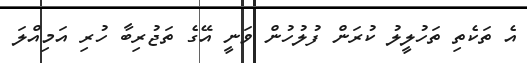
އެ ތަކެތި ތަހުލީލު ކުރަން ފުލުހުން ވަނީ އޭގެ ތަޖުރިބާ ހުރި އަމިއްލަ